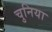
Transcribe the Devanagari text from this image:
चुनिया